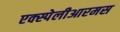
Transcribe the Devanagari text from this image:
एक्स्पेलीआरमस